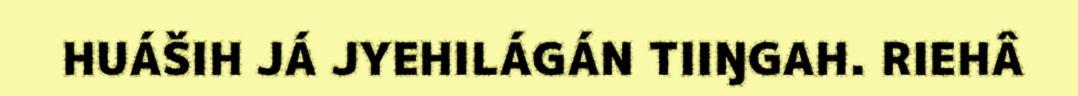
HUÁŠIH JÁ JYEHILÁGÁN TIIŊGAH. RIEHÂ